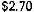
$2.70